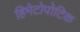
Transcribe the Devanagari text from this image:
हिमेटोपोटिक